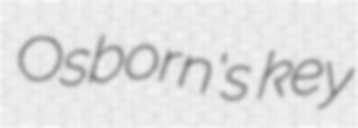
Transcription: Osborn's key